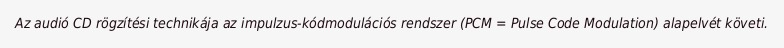
Az audió CD rögzítési technikája az impulzus-kódmodulációs rendszer (PCM = Pulse Code Modulation) alapelvét követi.